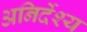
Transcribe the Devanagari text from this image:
अनिर्देश्य